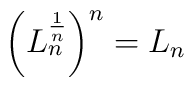
\left(L_{n}^{1\over n}\right)^{n} = L_{n}